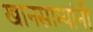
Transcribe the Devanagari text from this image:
खानसाम्यांनी